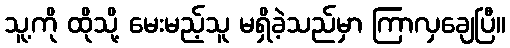
သူ့ကို ထိုသို့ မေးမည့်သူ မရှိခဲ့သည်မှာ ကြာလှချေပြီ။